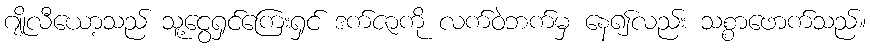
ဂျိုလီယော့သည် သူ့ငွေရှင်ကြေးရှင် ဒက်ဇာကို လက်ဝဲဘက်မှ နေ၍လည်း သစ္စာဖောက်သည်။